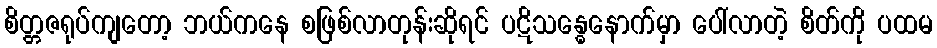
စိတ္တဇရုပ်ကျတော့ ဘယ်ကနေ စဖြစ်လာတုန်းဆိုရင် ပဋိသန္ဓေနောက်မှာ ပေါ်လာတဲ့ စိတ်ကို ပထမ